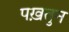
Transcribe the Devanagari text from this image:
पख़तुन